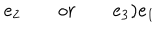
e _ { 2 } \quad \quad o r \quad \quad e _ { 3 } \mathbf { ) } e _ { 1 }